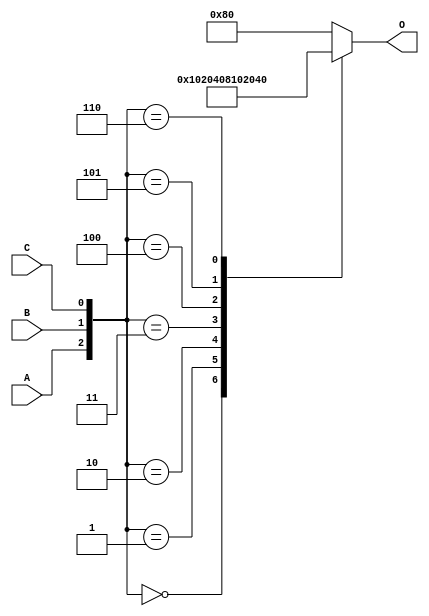
module decoder(A, B, C, O);
  input A, B, C;
  output [7:0] O;

  reg [7:0] O;

  always @(A, B, C)
  begin
    case({A, B, C})
      3'b000 : O = 8'b00000001;
      3'b001 : O = 8'b00000010;
      3'b010 : O = 8'b00000100;
      3'b011 : O = 8'b00001000;
      3'b100 : O = 8'b00010000;
      3'b101 : O = 8'b00100000;
      3'b110 : O = 8'b01000000;
      default : O = 8'b10000000;
    endcase
  end
endmodule